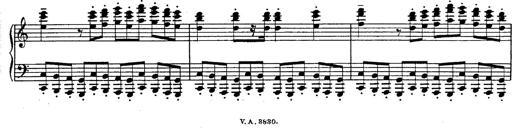
Title: Fantasie Ã¼ber Themen aus Mozarts Figaro und Don Giovanni
Composer: Franz Liszt